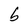
Character: b